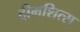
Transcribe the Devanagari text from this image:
दीमशित्स